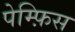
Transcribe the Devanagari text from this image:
पेम्फ़िस